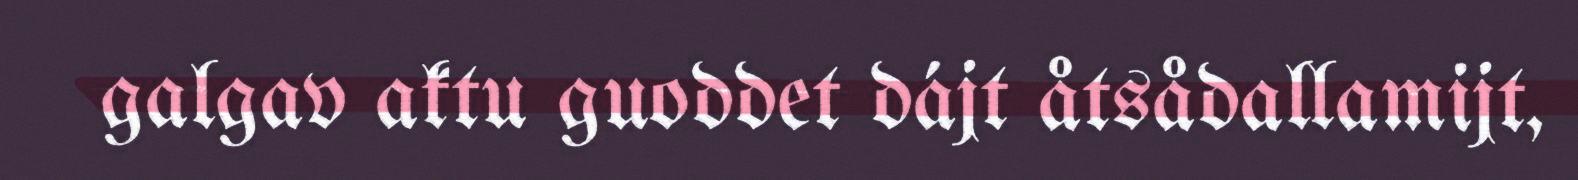
galgav aktu guoddet dájt åtsådallamijt,